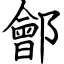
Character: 鄶